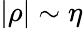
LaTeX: |\rho|\sim\eta